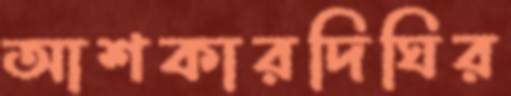
আশকারদিঘির